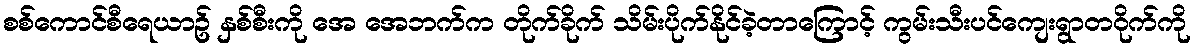
စစ်ကောင်စီရေယာဥ် နှစ်စီးကို အေ အေဘက်က တိုက်ခိုက် သိမ်းပိုက်နိုင်ခဲ့တာကြောင့် ကွမ်းသီးပင်ကျေးရွာတဝိုက်ကို